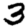
Digit: 3